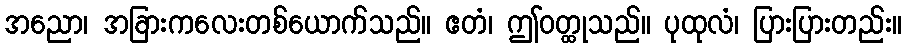
အညော၊ အခြားကလေးတစ်ယောက်သည်။ ဧတံ၊ ဤဝတ္ထုသည်။ ပုထုလံ၊ ပြားပြားတည်း။